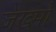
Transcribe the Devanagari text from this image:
जख्मो